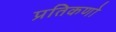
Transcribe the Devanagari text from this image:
प्रतिकणो